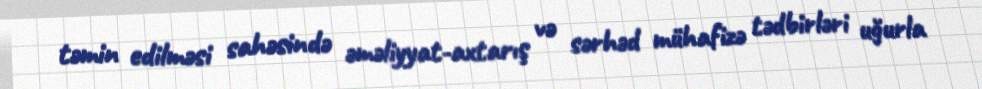
təmin edilməsi sahəsində əməliyyat-axtarış və sərhəd mühafizə tədbirləri uğurla